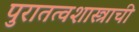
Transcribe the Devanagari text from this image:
पुरातत्वशास्त्राची